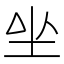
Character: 𡉡